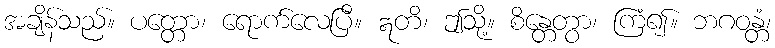
အချိန်သည်။ ပတ္တော၊ ရောက်လေပြီ။ ဣတိ၊ ဤသို့။ စိန္တေတွာ၊ ကြံ၍။ ဘဂဝန္တံ၊